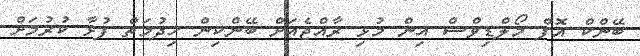
ބޭންކް އޮފް މޯލްޑިވްސް އިން މުޅި ރާއްޖެއަށް ބޭންކިން ހިދުމަތް ފުޅާ ކުރުމަށް